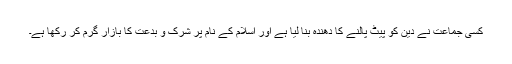
کسی جماعت نے دین کو پیٹ پالنے کا دھندہ بنا لیا ہے اور اسلام کے نام پر شرک و بدعت کا بازار گرم کر رکھا ہے۔